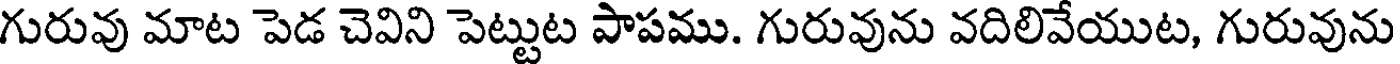
గురువు మాట పెడ చెవిని పెట్టుట పాపము. గురువును వదిలివేయుట, గురువును